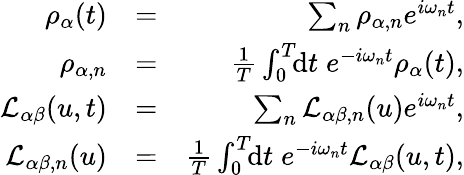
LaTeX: \begin{array}{rlr}{\rho_{\alpha}(t)}&{=}&{\sum_{n}\rho_{\alpha,n}e^{i\omega_{n}t},}\\ {\rho_{\alpha,n}}&{=}&{\frac{1}{T}\int_{0}^{T}\! \! \mathrm{d}t\; e^{-i\omega_{n}t}\rho_{\alpha}(t),}\\ {\mathcal{L}_{\alpha\beta}(u,t)}&{=}&{\sum_{n}\mathcal{L}_{\alpha\beta,n}(u)e^{i\omega_{n}t},}\\ {\mathcal{L}_{\alpha\beta,n}(u)}&{=}&{\frac{1}{T}\int_{0}^{T}\! \! \mathrm{d}t\; e^{-i\omega_{n}t}\mathcal{L}_{\alpha\beta}(u,t),}\end{array}